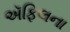
ઍફિલના